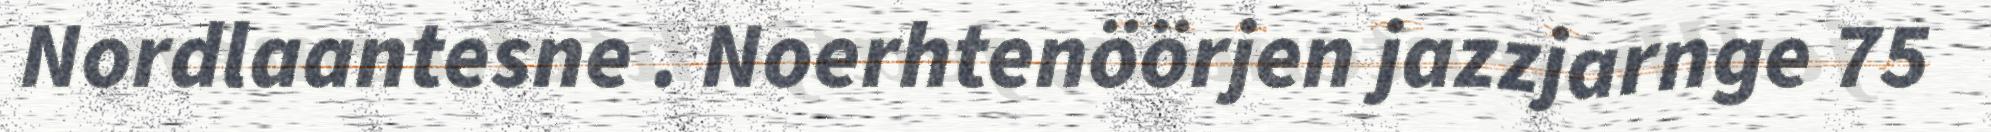
Nordlaantesne . Noerhtenöörjen jazzjarnge 75